Report on the lunatic asylums in Bengal - 1862-
Year: 1862
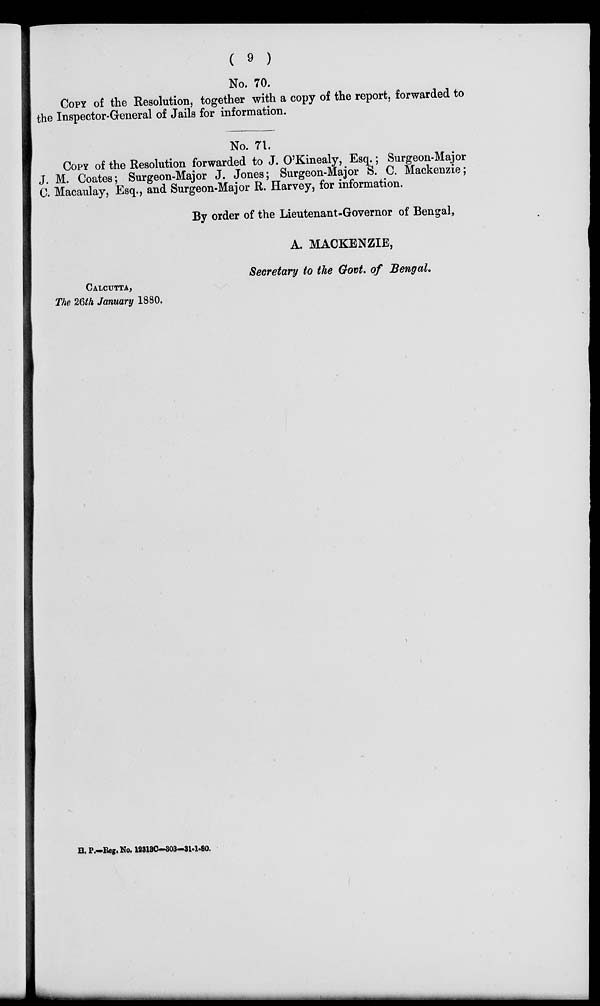
( 9 )
No. 70.
COPY of the Resolution, together with a copy of the report, forwarded to
the Inspector-General of Jails for information.
No. 71.
COPY of the Resolution forwarded to J. O'Kinealy, Esq.; Surgeon-Major
J. M. Coates; Surgeon-Major J. Jones; Surgeon-Major S. C. Mackenzie;
C. Macaulay, Esq., and Surgeon-Major R. Harvey, for information.
By order of the Lieutenant-Governor of Bengal,
A. MACKENZIE,
Secretary to the Govt. of Bengal.
CALCUTTA,
The 26th January 1880.
H. P.—Reg.No. 12313C-303-31-1-80.